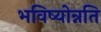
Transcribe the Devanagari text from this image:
भविष्योन्नति